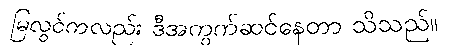
မြလွင်ကလည်း ဒီအကွက်ဆင်နေတာ သိသည်။